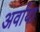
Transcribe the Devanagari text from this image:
अर्वाया